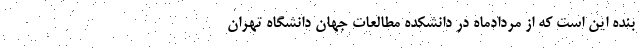
بنده این است که از مردادماه در دانشکده مطالعات جهان دانشگاه تهران